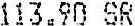
113.90 SR